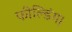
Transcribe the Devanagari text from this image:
फील्डिंग।